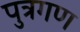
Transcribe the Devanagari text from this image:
पुत्रगण